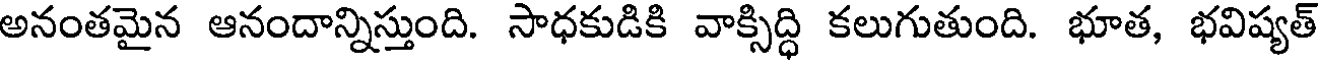
అనంతమైన ఆనందాన్నిస్తుంది. సాధకుడికి వాక్సిద్ధి కలుగుతుంది. భూత, భవిష్యత్